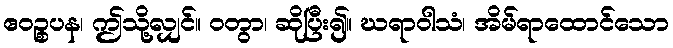
ဧဝဉ္စပန၊ ဤသို့လျှင်။ ဝတွာ၊ ဆိုပြီး၍။ ဃရာဝါသံ၊ အိမ်ရာထောင်သော